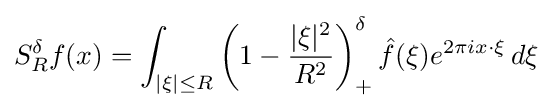
S_{R}^{\delta }f(x)=\int _{|\xi |\leq R}\left(1-{\frac {|\xi |^{2}}{R^{2}}}\right)_{+}^{\delta }{\hat {f}}(\xi )e^{2\pi ix\cdot \xi }\,d\xi